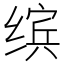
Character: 缤